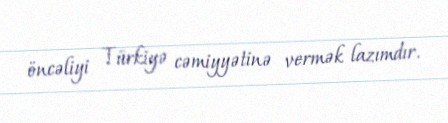
öncəliyi Türkiyə cəmiyyətinə vermək lazımdır.